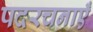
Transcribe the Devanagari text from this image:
पदरचनाएँ